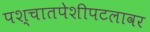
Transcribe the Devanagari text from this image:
पश्चातपेशीपटलावर